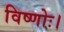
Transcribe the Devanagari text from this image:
विष्णोः।